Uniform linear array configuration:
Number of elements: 12
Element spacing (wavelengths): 1
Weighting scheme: kaiser
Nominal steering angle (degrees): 45
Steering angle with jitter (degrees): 45.46
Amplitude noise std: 0.05
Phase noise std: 0.05

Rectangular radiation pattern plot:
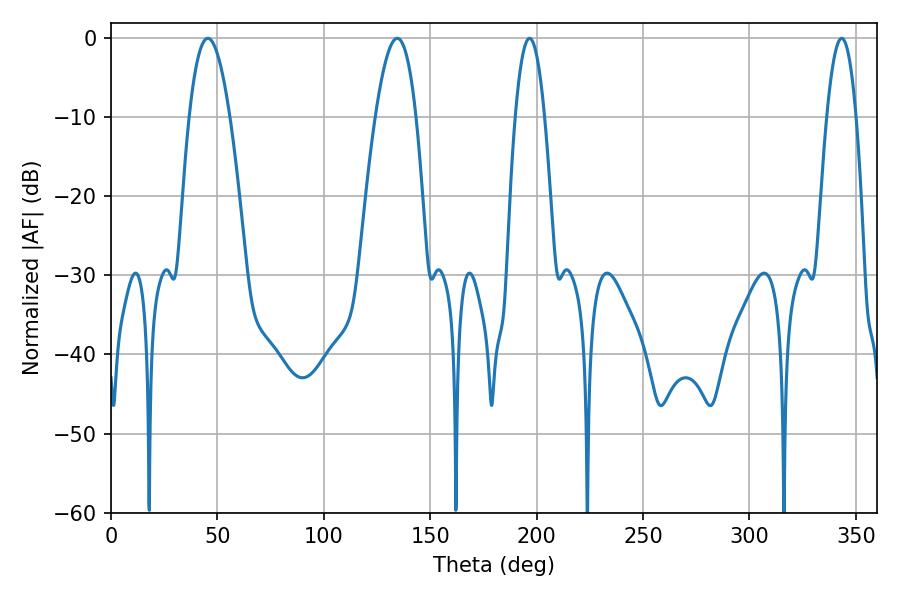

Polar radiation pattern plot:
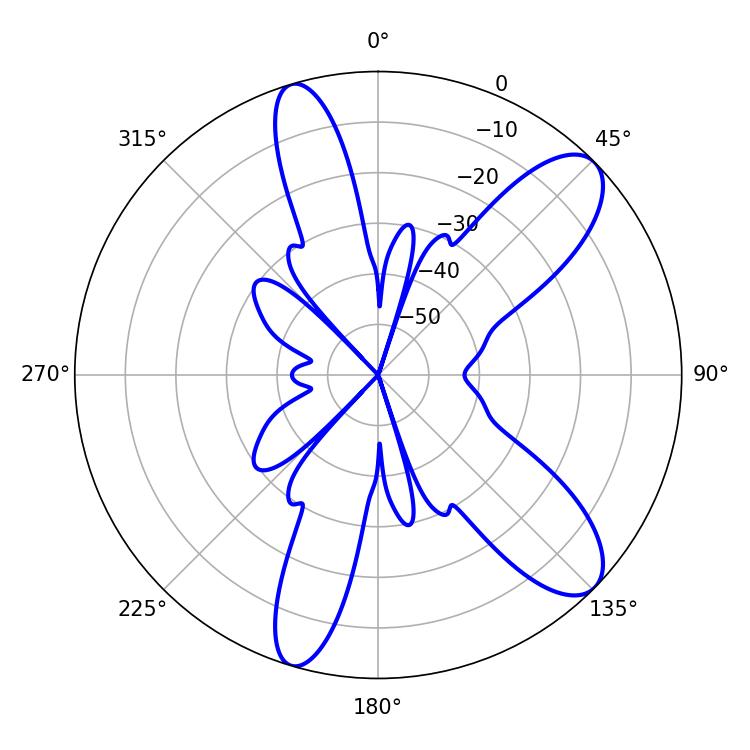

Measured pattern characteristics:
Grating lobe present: TRUE
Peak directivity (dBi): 10.003
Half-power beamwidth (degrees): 10.44
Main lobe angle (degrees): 45.54